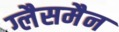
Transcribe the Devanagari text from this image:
ग्लैसमैन